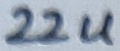
Text: 22u